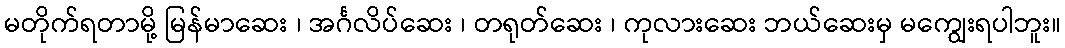
မတိုက်ရတာမို့ မြန်မာဆေး ၊ အင်္ဂလိပ်ဆေး ၊ တရုတ်ဆေး ၊ ကုလားဆေး ဘယ်ဆေးမှ မကျွေးရပါဘူး။